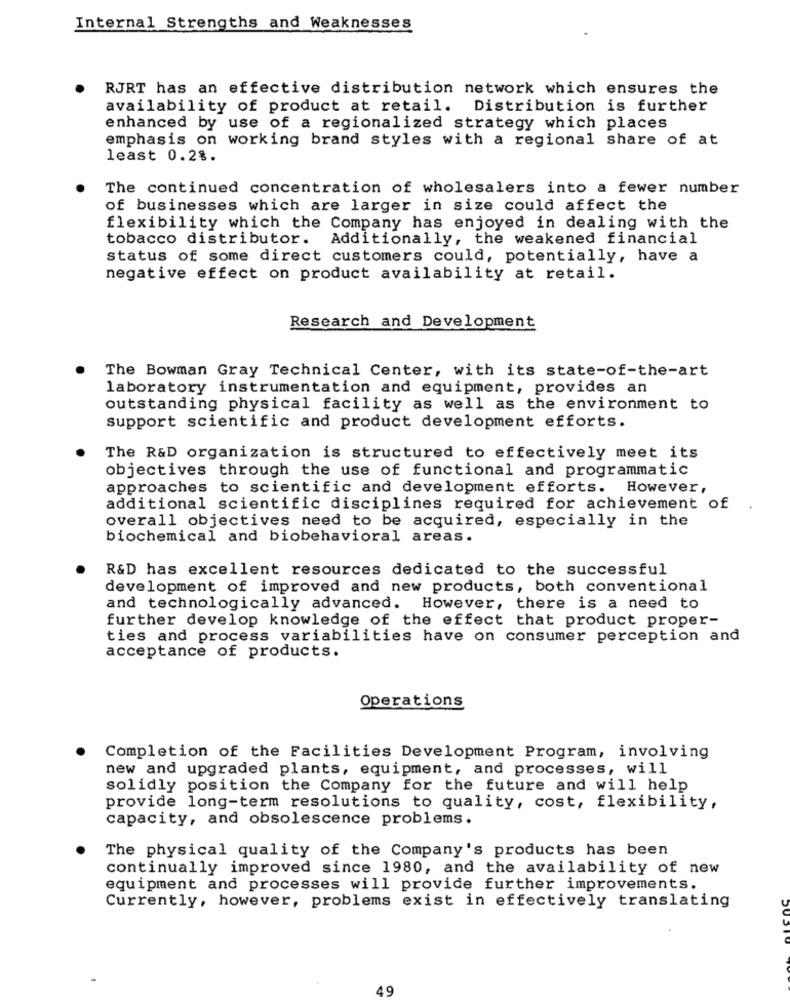
Internal Strengths and Weaknesses
RJRT has an effective distribution network which ensures the
availability of product at retail. Distribution is further
enhanced by use of a regionalized strategy which places
emphasis on working brand styles with a regional share of at
least 0.2%.
The continued concentration of wholesalers into a fewer number
of businesses which are larger in size could affect the
flexibility which the Company has enjoyed in dealing with the
tobacco distributor. Additionally, the weakened financial
status of some direct customers could, potentially, have a
negative effect on product availability at retail.
Research and Development
The Bowman Gray Technical Center, with its state-of-the-art
laboratory instrumentation and equipment, provides an
outstanding physical facility as well as the environment to
support scientific and product development efforts.
The R&D organization is structured to effectively meet its
objectives through the use of functional and programmatic
approaches to scientific and development efforts. However,
additional scientific disciplines required for achievement of
overall objectives need to be acquired, especially in the
biochemical and biobehavioral areas.
R&D has excellent resources dedicated to the successful
development of improved and new products, both conventional
and technologically advanced. However, there is a need to
further develop knowledge of the effect that product proper-
ties and process variabilities have on consumer perception and
acceptance of products.
Operations
Completion of the Facilities Development Program, involving
new and upgraded plants, equipment, and processes, will
solidly position the Company for the future and will help
provide long-term resolutions to quality, cost, flexibility,
capacity, and obsolescence problems.
The physical quality of the Company's products has been
continually improved since 1980, and the availability of new
equipment and processes will provide further improvements.
Currently, however, problems exist in effectively translating
49